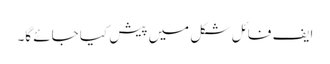
ایف فائل شکل میں پیش کیا جائے گا۔